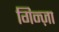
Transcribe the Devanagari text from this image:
गिन्ज़ा